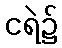
ငရဲ၌